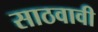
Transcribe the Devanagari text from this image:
साठवावी